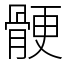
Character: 骾